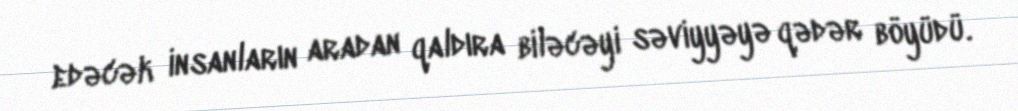
edəcək insanların aradan qaldıra biləcəyi səviyyəyə qədər böyüdü.